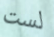
لست